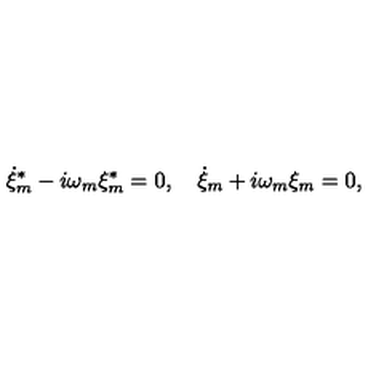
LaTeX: \dot { \xi } _ { m } ^ { \ast } - i \omega _ { m } \xi _ { m } ^ { \ast } = 0 , \quad \dot { \xi } _ { m } + i \omega _ { m } \xi _ { m } = 0 ,